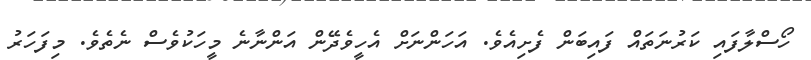
ހޯސްލާފައި ކަރުނަތައް ފައިބަން ފެށިއެވެ. އަހަންނަށް އެހީވެދޭން އަންނާނެ މީހަކުވެސް ނެތެވެ. މިފަހަރު